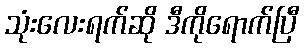
သုံးလေးရက်ဆို ဒီကိုရောက်ပြီ